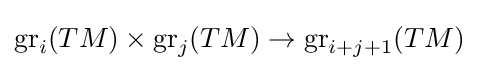
\mathrm {gr} _{i}(TM)\times \mathrm {gr} _{j}(TM)\to \mathrm {gr} _{i+j+1}(TM)